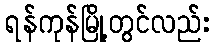
ရန်ကုန်မြို့တွင်လည်း